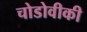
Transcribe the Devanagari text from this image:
चोडोवीकी